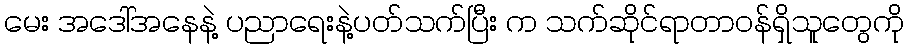
မေး အဒေါ်အနေနဲ့ ပညာရေးနဲ့ပတ်သက်ပြီး က သက်ဆိုင်ရာတာဝန်ရှိသူတွေကို